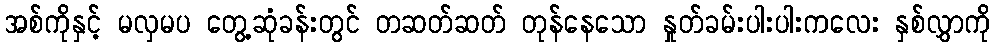
အစ်ကိုနှင့် မလှမပ တွေ့ဆုံခန်းတွင် တဆတ်ဆတ် တုန်နေသော နှုတ်ခမ်းပါးပါးကလေး နှစ်လွှာကို